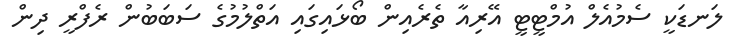
ލަނޑަކީ ސެމުއެލް އުމްޓީޓީ އޭރިއާ ތެރެއިން ބޯޅައިގައި އަތްލުމުގެ ސަބަބުން ރެފްރީ ދިން